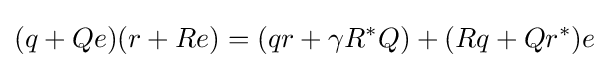
(q+Qe)(r+Re)=(qr+\gamma R^{*}Q)+(Rq+Qr^{*})e